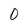
Character: 0